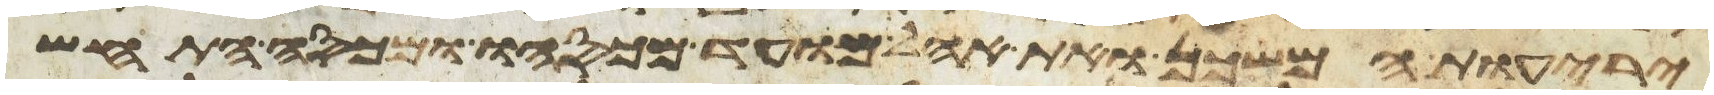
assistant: יריעות המשכן ואת אהל מועד מכסהו ומכסה התחש